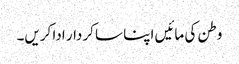
وطن کی مائیں اپنا سا کردار ادا کریں۔